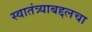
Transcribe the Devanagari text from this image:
स्वातंत्र्याबद्दलचा